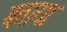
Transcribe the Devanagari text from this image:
बतायाः